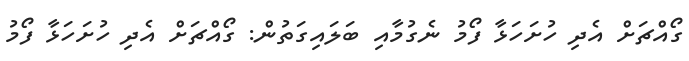
ގޯއްޗަށް އެދި ހުށަހަޅާ ފޯމު ނެގުމާއި ބަލައިގަތުން: ގޯއްޗަށް އެދި ހުށަހަޅާ ފޯމު